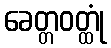
ခေတ္တဝတ္ထုံ